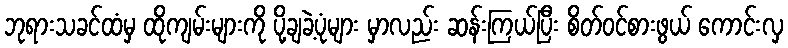
ဘုရားသခင်ထံမှ ထိုကျမ်းများကို ပို့ချခဲ့ပုံများ မှာလည်း ဆန်းကြယ်ပြီး စိတ်ဝင်စားဖွယ် ကောင်းလှ